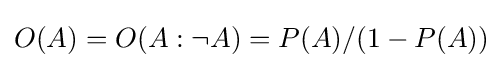
O(A)=O(A:\neg A)=P(A)/(1-P(A))